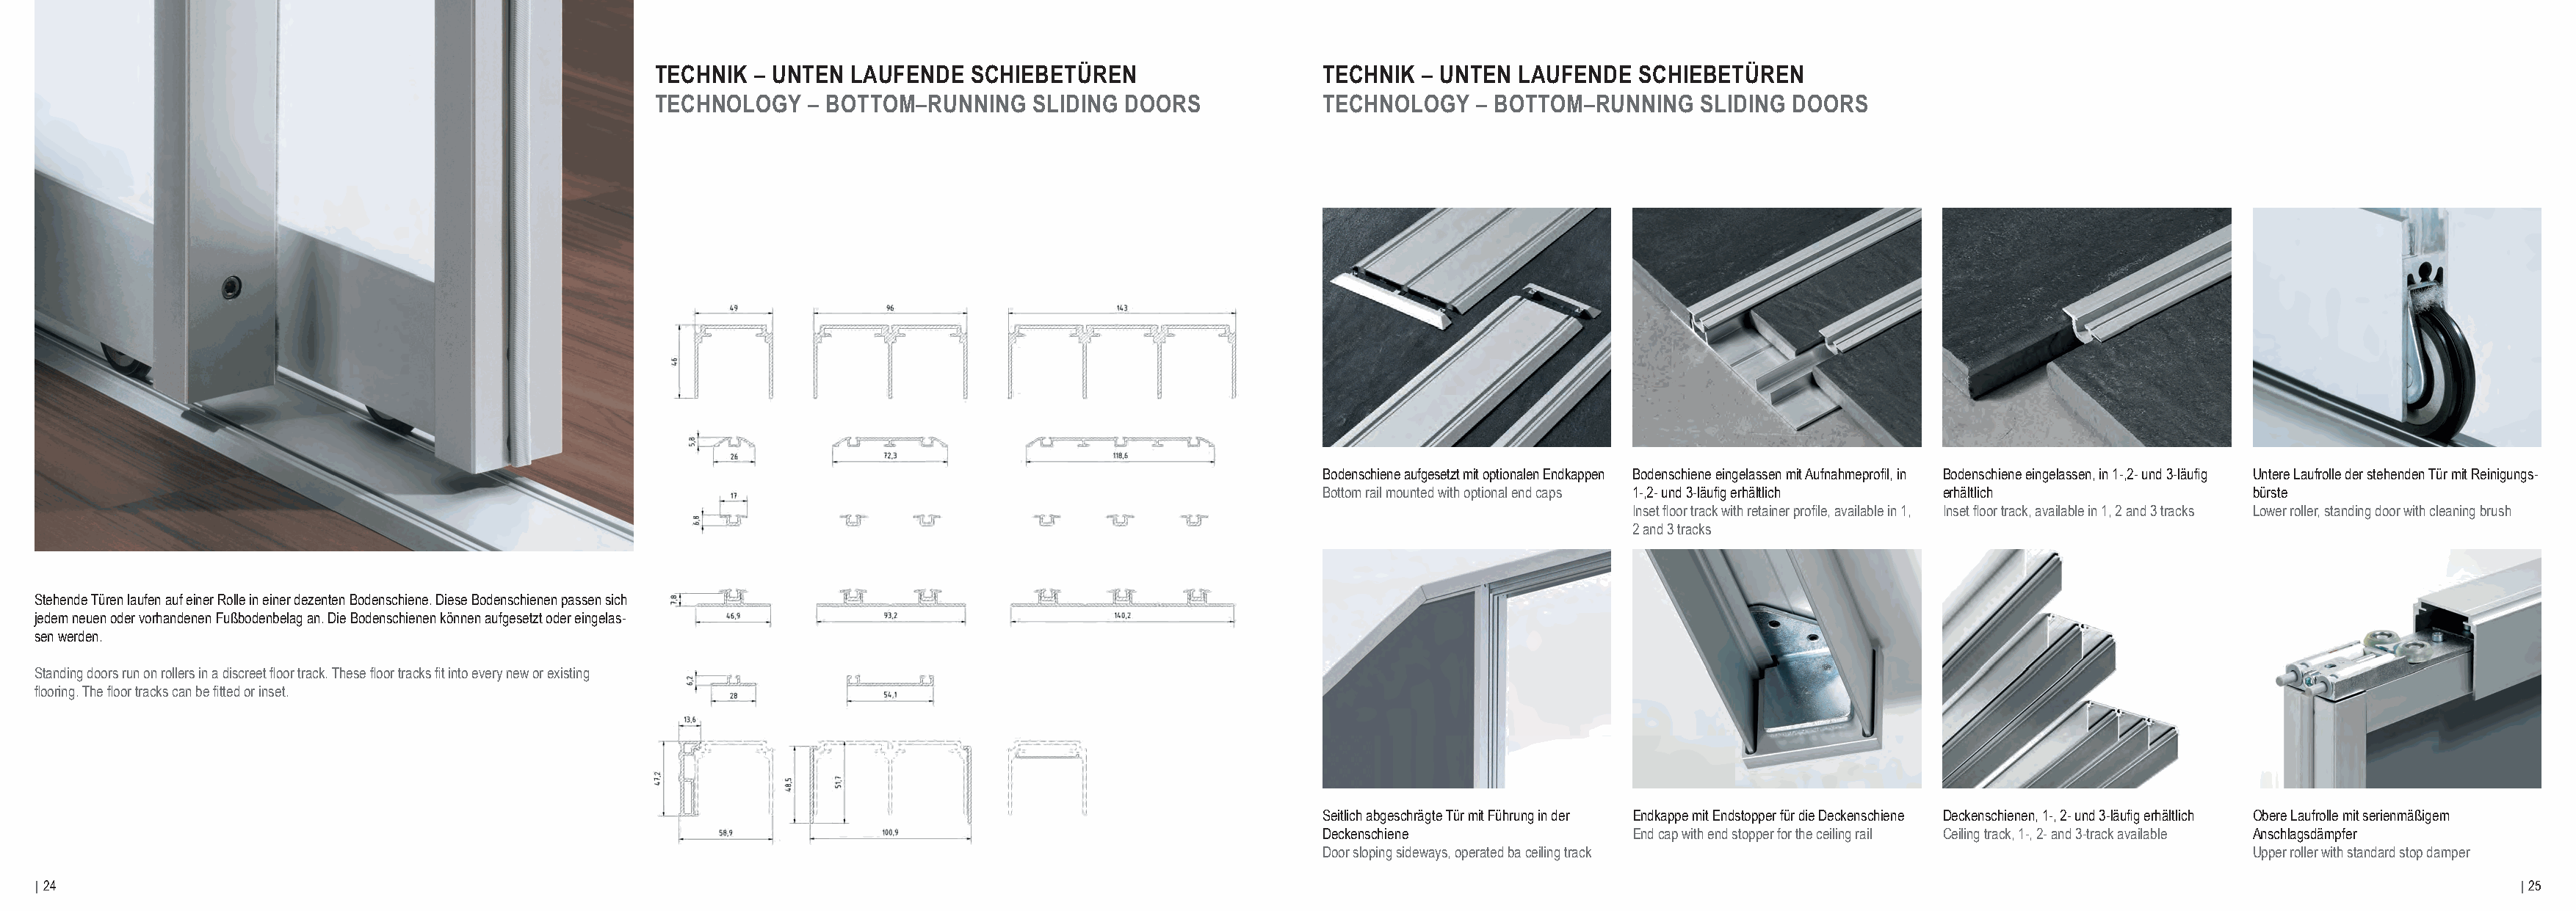
TECHNIK  – UNTEN  LAUFENDE   SCHIEBETÜREN                   TECHNIK  – UNTEN  LAUFENDE   SCHIEBETÜREN
 TECHNOLOGY    – BOTTOM–RUNNING    SLIDING DOORS             TECHNOLOGY    – BOTTOM–RUNNING    SLIDING  DOORS
 Bodenschiene aufgesetzt mit optionalen Endkappen Bodenschiene eingelassen mit Aufnahmeprofil, in Bodenschiene eingelassen, in 1-,2- und 3-läufig Untere Laufrolle der stehenden Tür mit Reinigungs-
 Bottom rail mounted with optional end caps 1-,2- und 3-läufig erhältlich erhältlich bürste
 Inset floor track with retainer profile, available in 1, Inset floor track, available in 1, 2 and 3 tracks Lower roller, standing door with cleaning brush
 2 and 3 tracks
 Stehende Türen laufen auf einer Rolle in einer dezenten Bodenschiene. Diese Bodenschienen passen sich
 jedem neuen oder vorhandenen Fußbodenbelag an. Die Bodenschienen können aufgesetzt oder eingelas-
 sen werden.
 Standing doors run on rollers in a discreet floor track. These floor tracks fit into every new or existing
 flooring. The floor tracks can be fitted or inset.
 Seitlich abgeschrägte Tür mit Führung in der Endkappe mit Endstopper für die Deckenschiene Deckenschienen, 1-, 2- und 3-läufig erhältlich Obere Laufrolle mit serienmäßigem
 Deckenschiene               End cap with end stopper for the ceiling rail Ceiling track, 1-, 2- and 3-track available Anschlagsdämpfer
 Door sloping sideways, operated ba ceiling track                                    Upper roller with standard stop damper
 | 24                                                                                                                                                                                                                            | 25